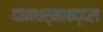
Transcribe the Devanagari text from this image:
दानधर्माबद्दल